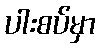
ပါးစပ်မှာ